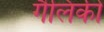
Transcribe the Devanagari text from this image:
गैलिकी